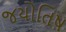
જયોતિષ